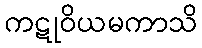
ကဋုဝိယမကာသိ